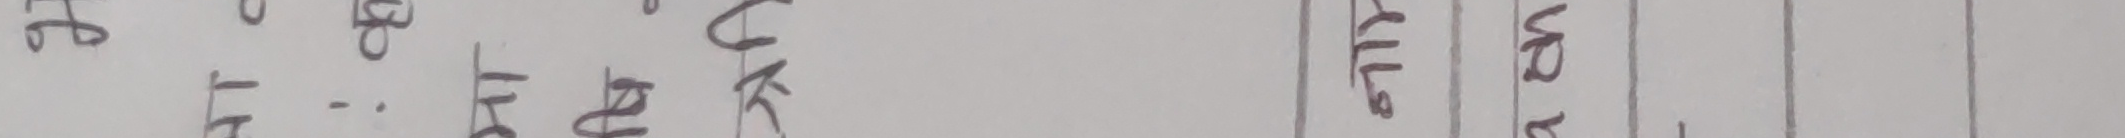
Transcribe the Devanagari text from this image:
१४ ने. बु भु क मा का सा